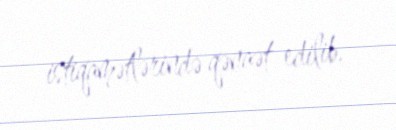
istiqamətlərində qənaət edilib.